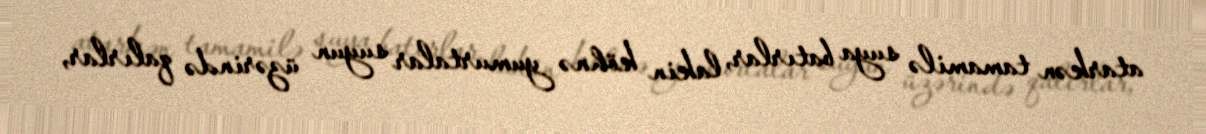
atarkən tamamilə suya batırlar, lakin köhnə yumurtalar suyun üzərində qalırlar,